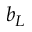
b _ { L }